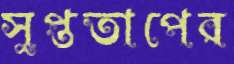
সুপ্ততাপের